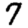
Digit: 7